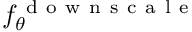
f _ { \theta } ^ { \mathrm { ~ d ~ o ~ w ~ n ~ s ~ c ~ a ~ l ~ e ~ } }